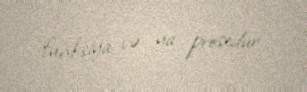
funksiya və ya prosedur.